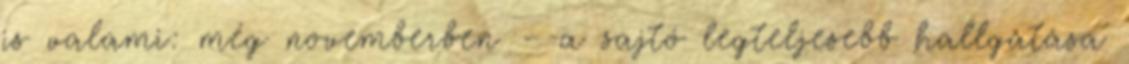
is valami: még novemberben – a sajtó legteljesebb hallgatása